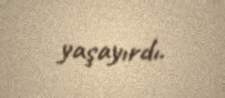
yaşayırdı.